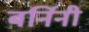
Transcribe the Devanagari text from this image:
बर्निनी